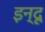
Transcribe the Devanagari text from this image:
इन्‍दू